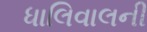
ધાલિવાલની